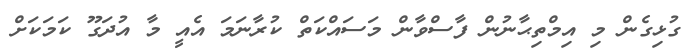
ގުޅިގެން މި އިމްތިޙާނުން ފާސްވާން މަސައްކަތް ކުރާނަމަ އެއީ މާ އުދަގޫ ކަމަކަށް